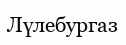
Лүлебургаз